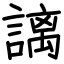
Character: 謧